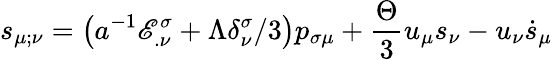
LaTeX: s_{\mu;\nu}=\left(a^{-1}\mathscr{E}_{.\nu}^{\sigma}+\Lambda\delta_{\nu}^{\sigma}/3\right)p_{\sigma\mu}+\frac{{\Theta}}{{3}}u_{\mu}s_{\nu}-u_{\nu}\dot{{s}}_{\mu}